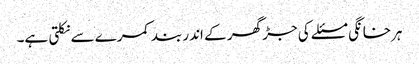
ہرخانگی مسئلے کی جڑ گھر کے اندر بند کمرے سے نکلتی ہے۔